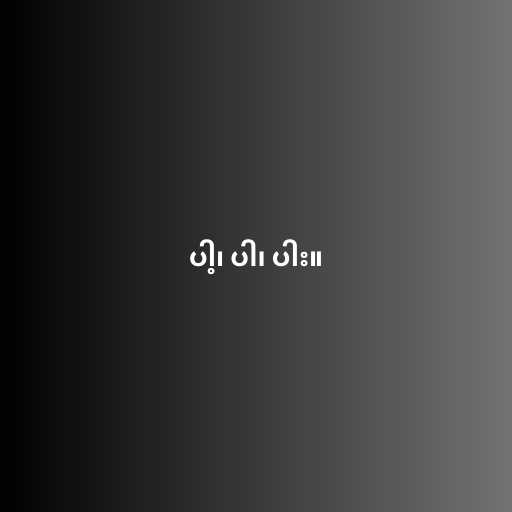
ပါ့၊ ပါ၊ ပါး။